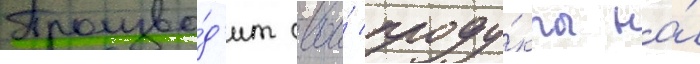
Произво́д'ит свои́ проду́кты на́